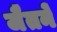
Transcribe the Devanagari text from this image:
जैतने